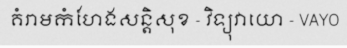
គំរាមកំហែងសន្តិសុខ - វិទ្យុវាយោ - VAYO